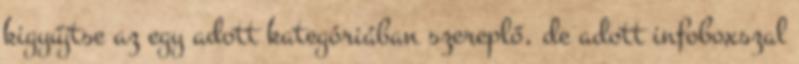
kigyűjtse az egy adott kategóriában szereplő, de adott infoboxszal